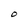
Character: O